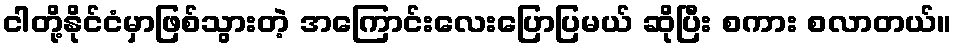
ငါတို့နိုင်ငံမှာဖြစ်သွားတဲ့ အကြောင်းလေးပြောပြမယ် ဆိုပြီး စကား စလာတယ်။